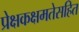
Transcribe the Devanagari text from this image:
प्रेक्षकक्षमतेसहित